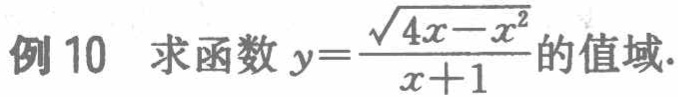
例 10 求函数 \(y = \frac{\sqrt{4x - x^{2}}}{x + 1}\) 的值域.